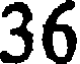
36